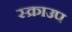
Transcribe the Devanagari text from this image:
स्क्राउप